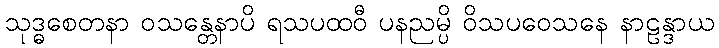
သုဒ္ဓစေတနာ ဝသန္တေနာပိ ရသပထဝီ ပနညမ္ပိ ဝိသပဝေသနေ နာဠန္ဒာယ